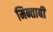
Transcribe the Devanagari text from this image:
मिन्ताबी